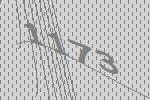
1173